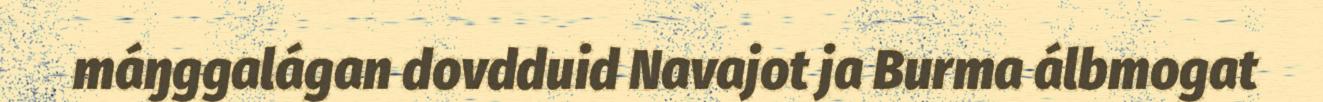
máŋggalágan dovdduid Navajot ja Burma álbmogat